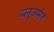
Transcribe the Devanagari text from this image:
ब्लूजर्मन